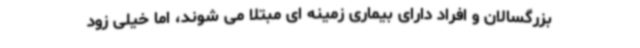
بزرگسالان و افراد دارای بیماری زمینه ای مبتلا می شوند، اما خیلی زود